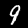
Label: 9